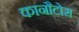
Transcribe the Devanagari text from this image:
कानौटोस